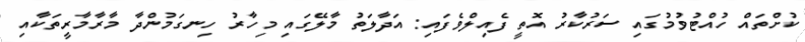
ކުށްތައް ހުއްޓުވުމުގައި ސަރުކާރު އޮތީ ފެއިލްވެފައި: އަދާލަތު މާލޭގައި މިހާރު ހިނގަމުންދާ މާރާމާރީތަކާއި